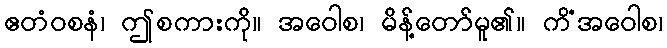
ဧတံဝစနံ၊ ဤစကားကို။ အဝေါစ၊ မိန့်တော်မူ၏။ ကိံအဝေါစ၊